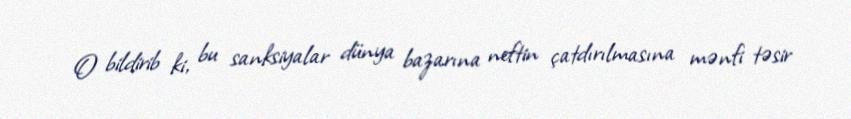
O bildirib ki, bu sanksiyalar dünya bazarına neftin çatdırılmasına mənfi təsir